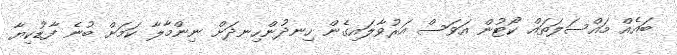
ބައެއް މައްސަލަތައް ކޯޓުން އަވަސް އަރުވާލައިގެން ހިނދުންހިނދަށް ނިންމާލާ ކަމަށް ބުނެ ފާޑުކިޔާ